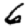
Digit: 6